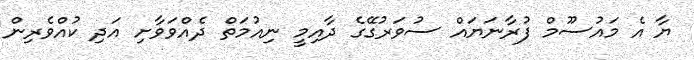
ޔާ އެ މައުސޫމް ފުރާނަޔައް ސުވަރުގޭގެ ދާއިމީ ނިއުމަތް ދެއްވަވާށި އަދި ކުއްވެރިން